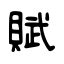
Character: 賦